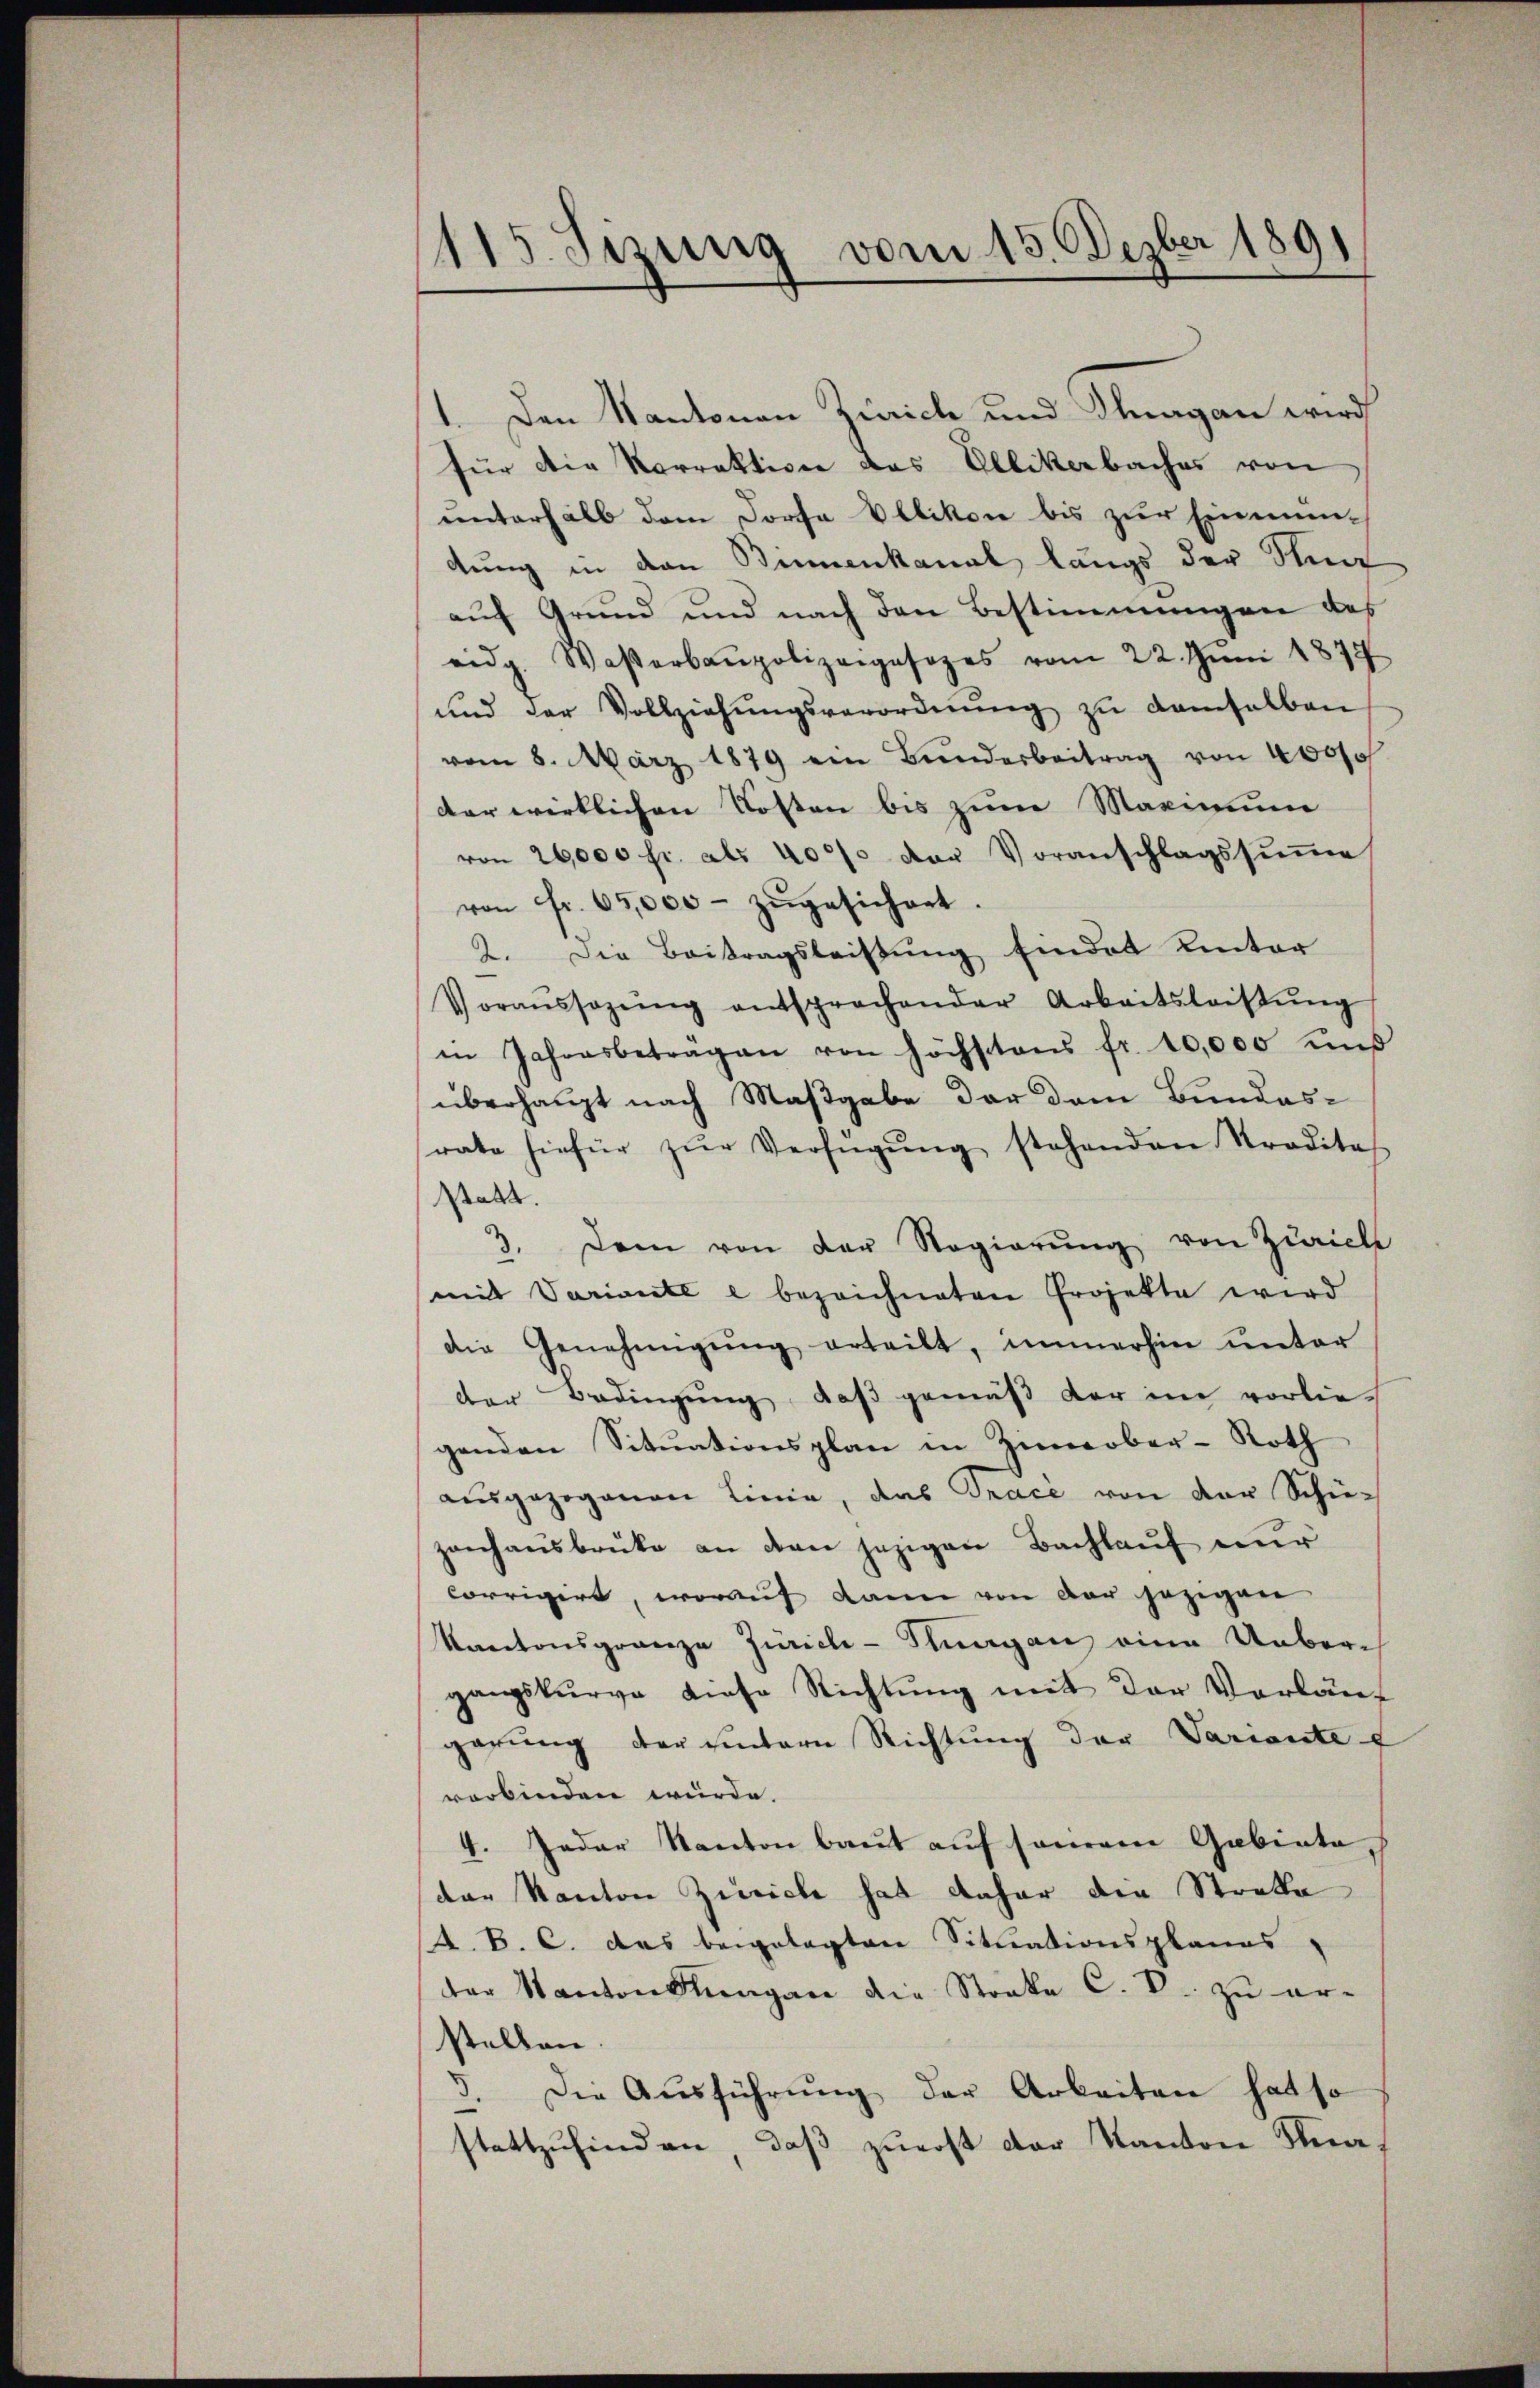
1115. Sizung vom 15. Dezber 1891

1. Den Kantonau Zürich und Magan wird
für die Korrektion des Ellikerbaches von
unterhalb dem Dorfe Ellikon bis zur Einmien-
dung in den Bennenkanal längs der Stun
auf Grund und nach den Bestimmungen des
eidg. Waßerbaupolizeigesezes vom 22. Jŭni 1874
ŭnd der Vollziehŭngsverordnŭng zŭ demselben
vom 8. März 1879 ein Bŭnderbeitrag von 4000
der wirklichen Kosten bis zum Maximum
von 26,000 fr. als 4000 der Voranschlagssŭṁe
von fr. 65,000 zŭgesichert.
2. Die Beitragsleistung findet hinter
Voraŭssazŭng entsprechender Arbeitsleistŭng
in Jahresbeträgen von höchstens fr. 10,000 und
überhaupt nach Maßgabe der dem Bundes-
rate hiefür zŭr Verfügŭng stehenden Straditas
akt.
3. Dem von der Regierŭng von Zürich
mit Variante e bezeichneten Projekte wird
die Genehmigŭng erteilt, immerhin unter
der Bedingung, daß gemäß der im vorlie-
genden Sitŭationsplan in Zimerber-Roth
ausgezogenen Linie, das Tracé von der Schü-
zarchausbrüke an den jezigen Bachlauf nur
corrigirt, woraŭf dann von der jezigen
Kantonsgrenza Zürich-Stuargau eine Uebergangskurve diese Richtŭng mit der Vorläuf
garung der untern Richtung der Variante
verbinden würde.
4. Jeder Kanton baut auf seinen Gabiata,
der Kanton Zürich hat daher die Strakte
A. B. C. das beigelegten Situationsplanes,
der Kantonsŭngen die Streke C. R. zu er-
stellen.
Die Aŭsführŭng der Arbeiten hat so
stattzufinden, daß zuerst der Kanton Kna¬